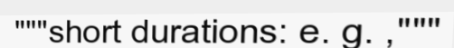
"""short durations: e. g. ,"""